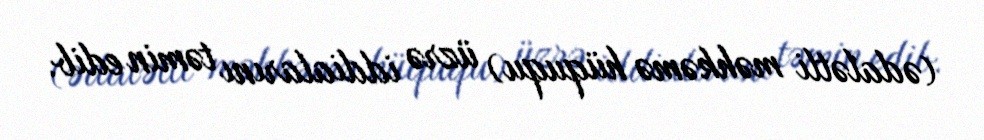
(ədalətli məhkəmə hüququ) üzrə iddialarını təmin edib.